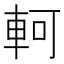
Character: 軻